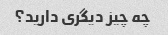
چه چیز دیگری دارید؟